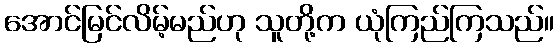
အောင်မြင်လိမ့်မည်ဟု သူတို့က ယုံကြည်ကြသည်။